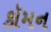
કૉમન